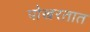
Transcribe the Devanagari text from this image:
पोखरतात